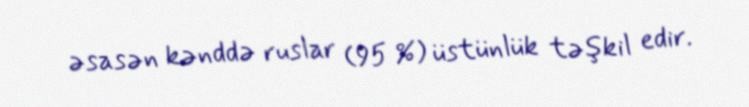
əsasən kənddə ruslar (95 %) üstünlük təşkil edir.